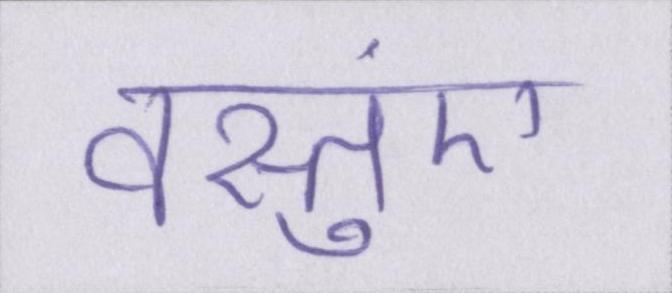
वस्तुएं